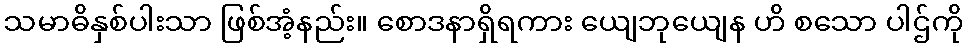
သမာဓိနှစ်ပါးသာ ဖြစ်အံ့နည်း။ စောဒနာရှိရကား ယျေဘုယျေန ဟိ စသော ပါဌ်ကို